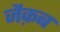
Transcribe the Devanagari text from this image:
जैक़ब